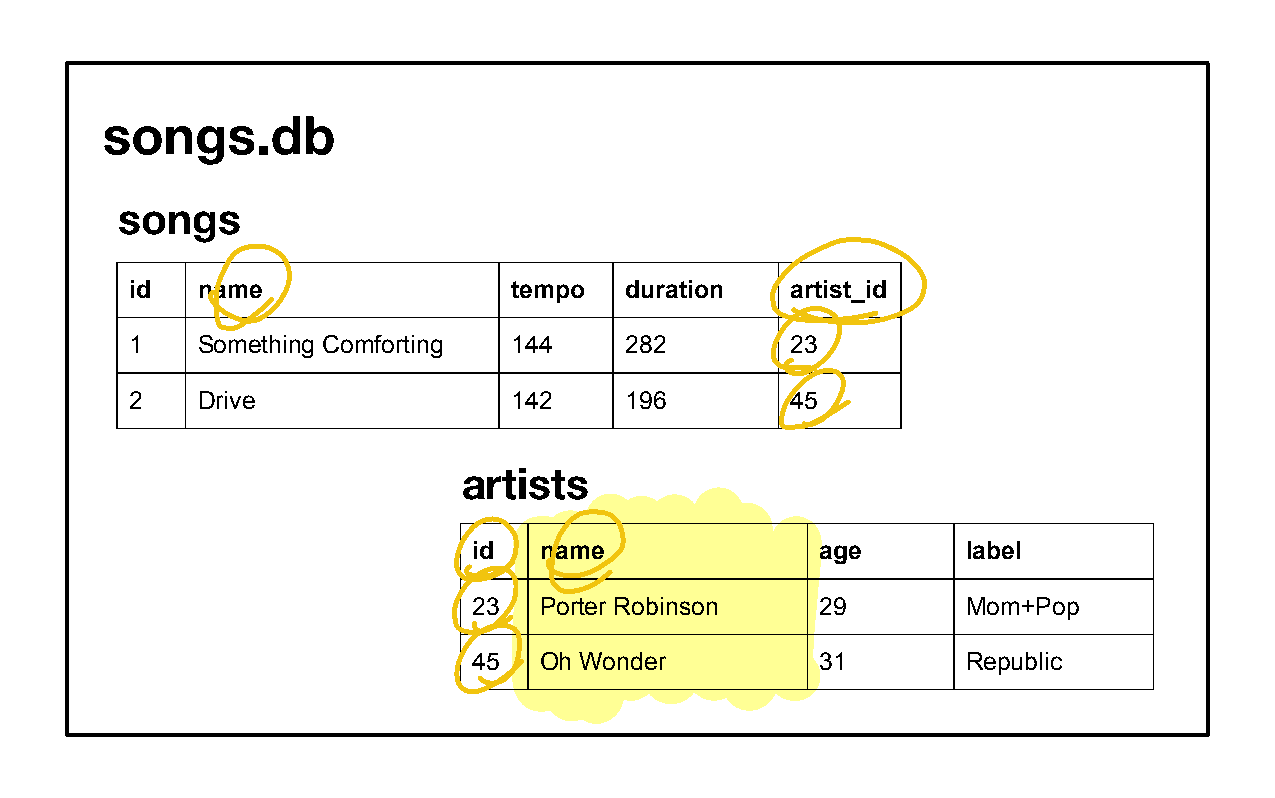
songs.db
 songs
 id  name                 tempo  duration   artist_id
 1   Something Comforting 144    282        23
 2   Drive                142    196        45
 artists
 id   name              age       label
 23   Porter Robinson   29        Mom+Pop
 45   Oh Wonder         31        Republic